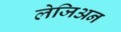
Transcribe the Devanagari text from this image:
लेजिअन